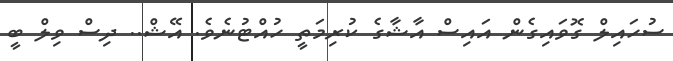
ސުހައިލް ގޮވައިގެން އައިސް އާޝާގެ ކުރިމަތީ ހުއްޓުނެވެ. އޭޝް.. ދިސް ވިލް ބީ